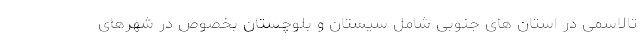
تالاسمی در استان های جنوبی شامل سیستان و بلوچستان بخصوص در شهرهای